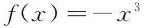
f ( x ) = - x ^ { 3 }